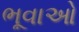
ભૂવાઓ